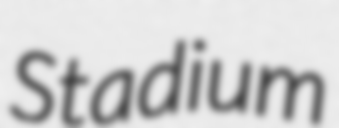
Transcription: Stadium